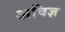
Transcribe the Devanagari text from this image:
अविज्ञ